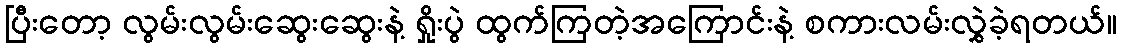
ပြီးတော့ လွမ်းလွမ်းဆွေးဆွေးနဲ့ ရှိုးပွဲ ထွက်ကြတဲ့အကြောင်းနဲ့ စကားလမ်းလွှဲခဲ့ရတယ်။